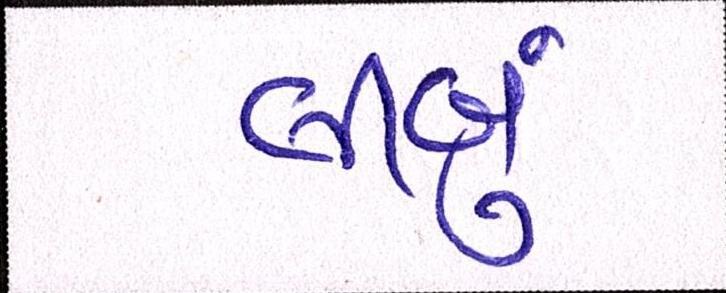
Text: લીબું